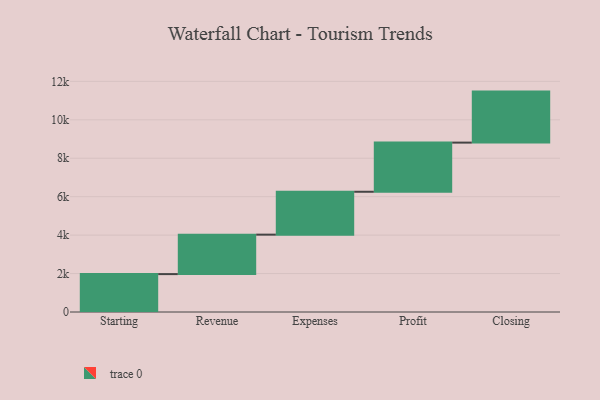
{"axis": {"x": "Step", "y": "Value"}, "legend": [""], "data": [{"x": "Starting", "y": 1972.0, "type": ""}, {"x": "Revenue", "y": 2053.0, "type": ""}, {"x": "Expenses", "y": 2231.0, "type": ""}, {"x": "Profit", "y": 2557.0, "type": ""}, {"x": "Closing", "y": 2654.0, "type": ""}]}